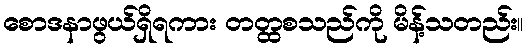
စောဒနာဖွယ်ရှိရကား တတ္ထစသည်ကို မိန့်သတည်း။